65_HS1-834228961_62-HQ-83894_Section_8
Agency: FBI
Page 107
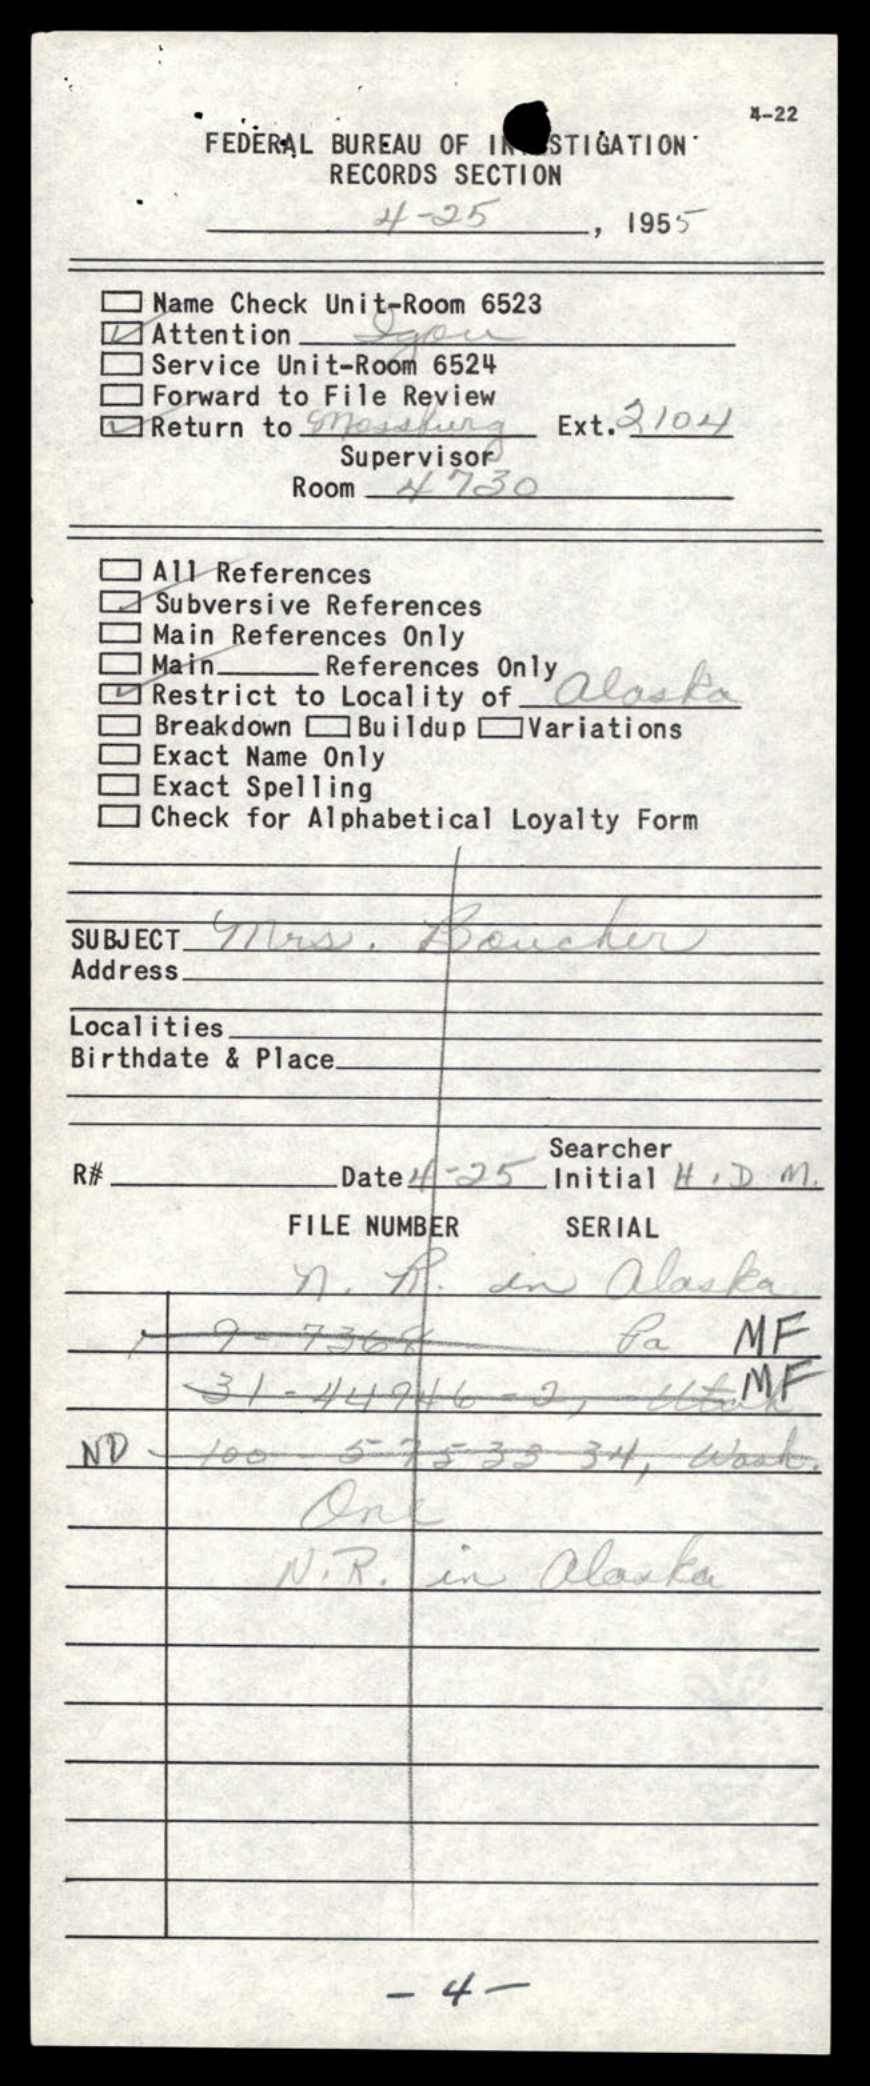